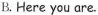
B.Here you are.